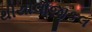
થીયોલોજીકલ